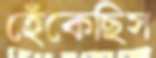
হেঁকেছিস